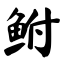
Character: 鲋